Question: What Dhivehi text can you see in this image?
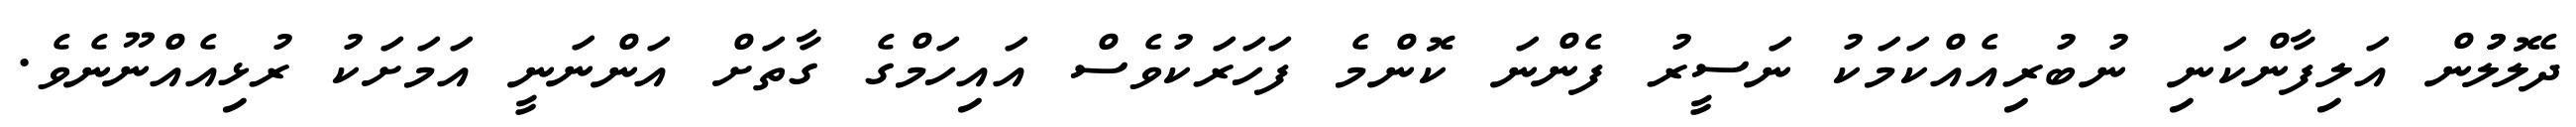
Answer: ދެލޮލުުން އަލިފާންކަނި ނުބުރިއެއްކަމަކު ނަސީރު ފެންނަ ކޮންމެ ފަހަރަކުވެސް އައިހަމްގެ ގާތަށް އަންނަނީ އަމަށަކު ރުޅިއެއްނޫނެވެ.